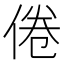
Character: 倦